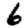
Digit: 6